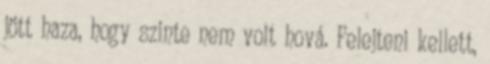
jött haza, hogy szinte nem volt hová. Felejteni kellett,